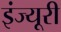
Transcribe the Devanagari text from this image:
इंज्यूरी